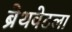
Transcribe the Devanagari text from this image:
ब्रेथवेटला